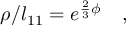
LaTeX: \rho / l _ { 1 1 } = e ^ { \frac { 2 } { 3 } \phi } \quad ,